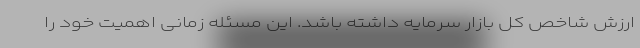
ارزش شاخص کل بازار سرمایه داشته باشد. این مسئله زمانی اهمیت خود را